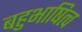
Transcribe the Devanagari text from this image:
बहुभाषित्व